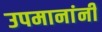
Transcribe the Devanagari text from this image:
उपमानांनी